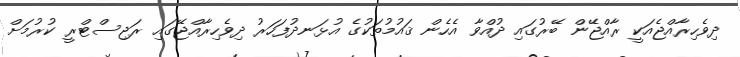
ދިވެހިރާއްޖެއަކީ ރާއްޖޭން ބޭރުގައި ދުއްވާ އެހެން ޤައުމުތަކުގެ އުޅަނދުފަހަރު ދިވެހިރާއްޖޭގައި ރަޖިސްޓްރީ ކުރުމަށް